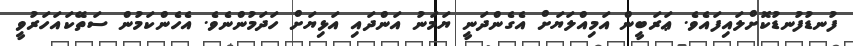
ފުނޑުފުނޑުކޮށްލައިފައެވެ. ޢަރަބީން އަމިއްލަޔަށް އެގެންދަނީ ޔަމަނު އަންދައި އަޅިޔަށް ހަދަމުންނެވެ. އެހެންކަމުން ސަތޭކައަހަރުވީ